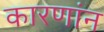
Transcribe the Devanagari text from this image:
कारणांन